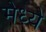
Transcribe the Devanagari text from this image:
मेध्ये